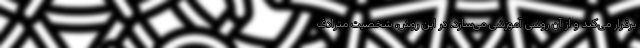
برقرار می‌کند و از آن روشی آموزشی می‌سازد. در این روش، شخصیت مترادف